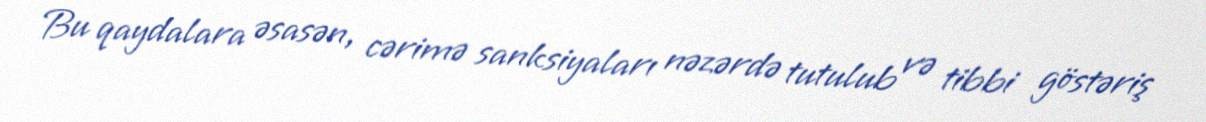
Bu qaydalara əsasən, cərimə sanksiyaları nəzərdə tutulub və tibbi göstəriş